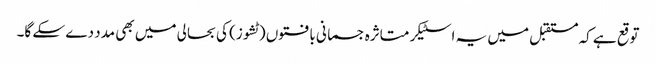
توقع ہے کہ مستقبل میں یہ اسٹیکر متاثرہ جسمانی بافتوں (ٹشوز) کی بحالی میں بھی مدد دے سکے گا۔